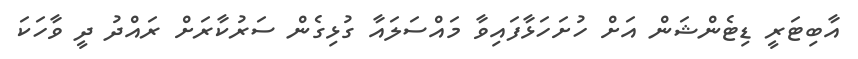
އާބިޓަރީ ޑިޓެންޝަން އަށް ހުށަހަޅާފައިވާ މައްސަލައާ ގުޅިގެން ސަރުކާރަށް ރައްދު ދީ ވާހަކަ